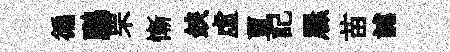
徧鸝罘慚鋏虚亘記屧苗謔